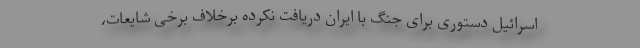
اسرائیل دستوری برای جنگ با ایران دریافت نکرده برخلاف برخی شایعات،